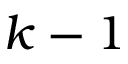
k - 1